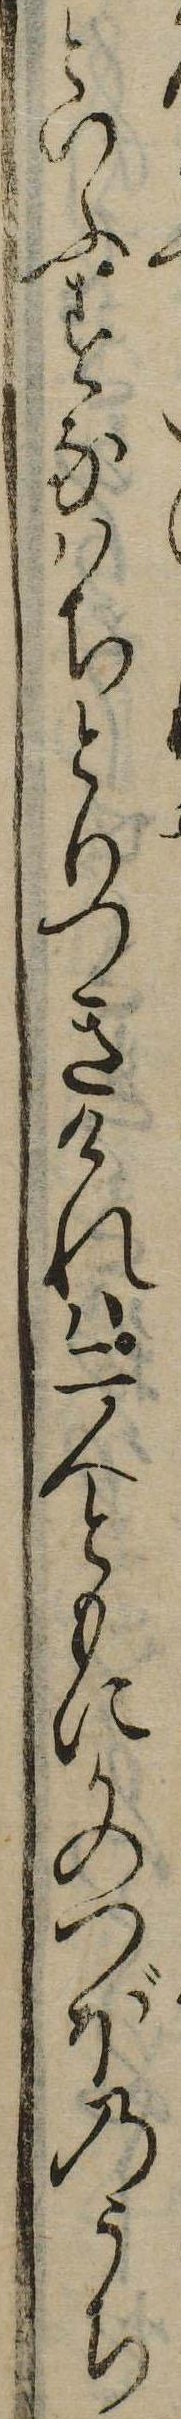
といふすなはちとりつきけれは二人ともにかのつぼのうち